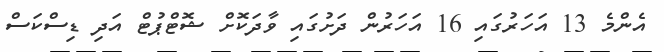
އެންމެ 13 އަހަރުގައި 16 އަހަރުން ދަށުގައި ވާދަކޮށް ޝޮޓްޕުޓް އަދި ޑިސްކަސް